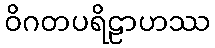
ဝိဂတပရိဠာဟဿ